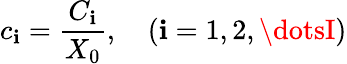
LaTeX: c_{\mathbf{i}}=\frac{{C_{\mathbf{i}}}}{{X_{0}}},\quad(\mathbf{i}=1,2,\dotsI)